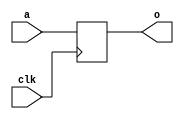
module RegTrivial(
  input  [7:0] a,
  input        clk,
  output [7:0] o
);
`ifdef RANDOMIZE_REG_INIT
  reg [31:0] _RAND_0;
`endif // RANDOMIZE_REG_INIT
  reg [7:0] tmp;
  assign o = tmp;
  always @(posedge clk) begin
    tmp <= a;
  end
// Register and memory initialization
`ifdef RANDOMIZE_GARBAGE_ASSIGN
`define RANDOMIZE
`endif
`ifdef RANDOMIZE_INVALID_ASSIGN
`define RANDOMIZE
`endif
`ifdef RANDOMIZE_REG_INIT
`define RANDOMIZE
`endif
`ifdef RANDOMIZE_MEM_INIT
`define RANDOMIZE
`endif
`ifndef RANDOM
`define RANDOM $random
`endif
`ifdef RANDOMIZE_MEM_INIT
  integer initvar;
`endif
`ifndef SYNTHESIS
`ifdef FIRRTL_BEFORE_INITIAL
`FIRRTL_BEFORE_INITIAL
`endif
initial begin
  `ifdef RANDOMIZE
    `ifdef INIT_RANDOM
      `INIT_RANDOM
    `endif
    `ifndef VERILATOR
      `ifdef RANDOMIZE_DELAY
        #`RANDOMIZE_DELAY begin end
      `else
        #0.002 begin end
      `endif
    `endif
`ifdef RANDOMIZE_REG_INIT
  _RAND_0 = {1{`RANDOM}};
  tmp = _RAND_0[7:0];
`endif // RANDOMIZE_REG_INIT
  `endif // RANDOMIZE
end // initial
`ifdef FIRRTL_AFTER_INITIAL
`FIRRTL_AFTER_INITIAL
`endif
`endif // SYNTHESIS
endmodule